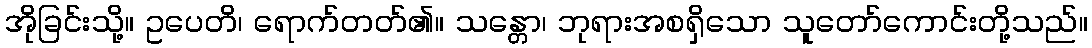
အိုခြင်းသို့။ ဥပေတိ၊ ရောက်တတ်၏။ သန္တော၊ ဘုရားအစရှိသော သူတော်ကောင်းတို့သည်။